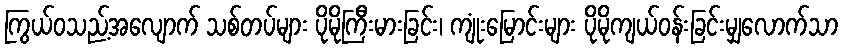
ကြွယ်ဝသည့်အလျောက် သစ်တပ်များ ပိုမိုကြီးမားခြင်း၊ ကျုံးမြောင်းများ ပိုမိုကျယ်ဝန်းခြင်းမျှလောက်သာ